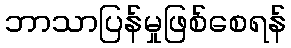
ဘာသာပြန်မှုဖြစ်စေရန်